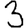
Digit: 3